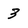
Character: 3